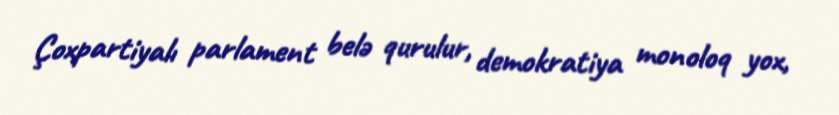
Çoxpartiyalı parlament belə qurulur, demokratiya monoloq yox,